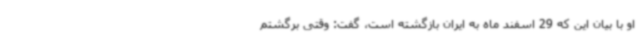
او با بیان این که 29 اسفند ماه به ایران بازگشته است، گفت: وقتی برگشتم